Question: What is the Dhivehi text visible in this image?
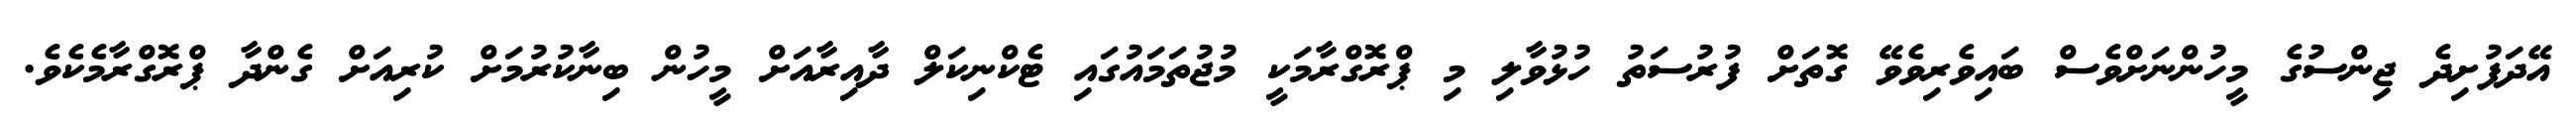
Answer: އޭދަފުށިދެ ޖިންސުގެ މީހުންނަށްވެސް ބައިވެރިވެވޭ ގޮތަށް ފުރުސަތު ހުޅުވާލި މި ޕްރޮގްރާމަކީ މުޖުތަމައުގައި ޓެކްނިކަލް ދާއިރާއަށް މީހުން ބިނާކުރުމަށް ކުރިއަށް ގެންދާ ޕްރޮގްރާމެކެވެ.